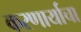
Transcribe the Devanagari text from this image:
करणार्याचा